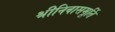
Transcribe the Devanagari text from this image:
श्रीनिवासमूर्ति